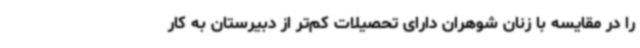
را در مقایسه با زنان شوهران دارای تحصیلات کم‌تر از دبیرستان به کار